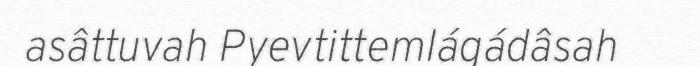
asâttuvah Pyevtittemlágádâsah